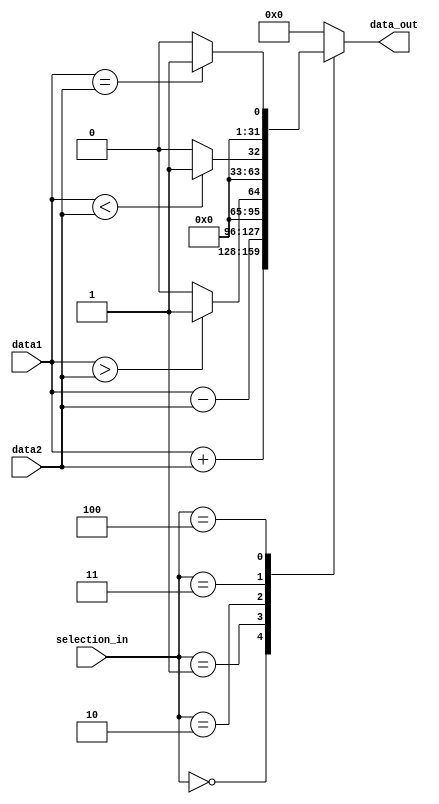
module ula
(
	selection_in,
	data1,
	data2,
	data_out	
);

localparam    
	_add = 3'b000,
	_sub = 3'b001,
	_more = 3'b010,
	_less = 3'b011,
	_equal = 3'b100;

			     
input [31:0] data1;   
input [31:0] data2;
input [2:0] selection_in;

output reg [31:0]data_out;   

always @(data1 or data2 or selection_in)
begin
		case( selection_in )
			_add: 
				data_out = data1 + data2;
			_sub: 
				data_out = data1 - data2;
			_more: begin
				if(data1 > data2) data_out = 32'b00000000000000000000000000000001;
				else data_out = 32'b00000000000000000000000000000000;
			end
			_less: begin
				if(data1 < data2) data_out = 32'b00000000000000000000000000000001;
				else data_out = 32'b00000000000000000000000000000000;
			end
			_equal: begin
				if(data1 == data2) data_out = 32'b00000000000000000000000000000001;
				else data_out = 32'b00000000000000000000000000000000;
			end
			default:
				data_out = 32'b00000000000000000000000000000000;
		endcase
end



endmodule